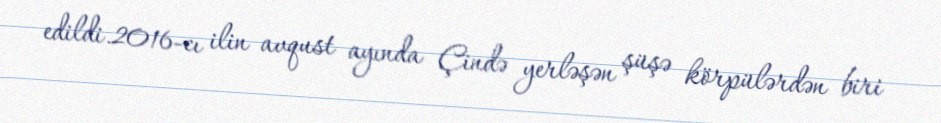
edildi.2016-cı ilin avqust ayında Çində yerləşən şüşə körpülərdən biri